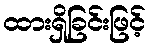
ထားရှိခြင်းဖြင့်